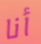
أنا